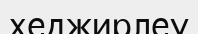
хеджирлеу